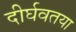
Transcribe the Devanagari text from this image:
दीर्घवतया